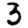
Digit: 3